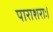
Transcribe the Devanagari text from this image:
पाराशराः।